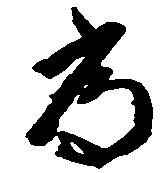
常